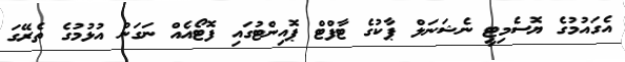
އެގައުމުގެ ޔޮސެމިޓީ ނެޝަނަލް ޕާކުގެ ޓާފްޓް ޕޮއިންޓުގައި ފޮޓޯއެއް ނަގަން އުޅުމުގެ ތެރޭގަ